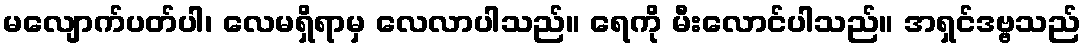
မလျောက်ပတ်ပါ၊ လေမရှိရာမှ လေလာပါသည်။ ရေကို မီးလောင်ပါသည်။ အရှင်ဒဗ္ဗသည်